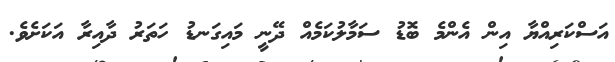
އަސްކަރިއްޔާ އިން އެންމެ ބޮޑު ސަމާލުކަމެއް ދޭނީ މައިގަނޑު ހަތަރު ދާއިރާ އަކަށެވެ.